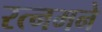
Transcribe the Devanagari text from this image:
रत्नमने